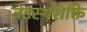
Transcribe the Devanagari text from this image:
तटस्थशक्ति